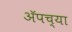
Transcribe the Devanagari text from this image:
अॅपच्या